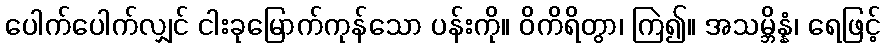
ပေါက်ပေါက်လျှင် ငါးခုမြောက်ကုန်သော ပန်းကို။ ဝိကိရိတွာ၊ ကြဲ၍။ အသမ္ဘိန္နံ၊ ရေဖြင့်